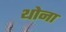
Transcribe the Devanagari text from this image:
थोना